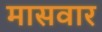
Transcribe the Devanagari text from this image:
मासवार